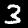
Digit: 3